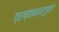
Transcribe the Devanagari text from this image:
प्रच्छन्नगुप्तं